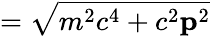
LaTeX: ={\sqrt{m^{2}c^{4}+c^{2}\mathbf{p}^{2}}}